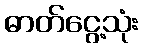
ဓာတ်ငွေ့သုံး